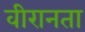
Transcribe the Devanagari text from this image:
वीरानता